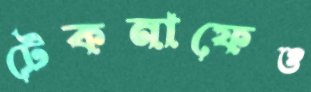
টেকনাফেও